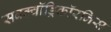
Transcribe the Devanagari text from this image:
सबक्वॉड्रिकॉरनिस